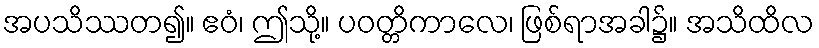
အပသိဿတ၍။ ဧဝံ၊ ဤသို့။ ပဝတ္တိကာလေ၊ ဖြစ်ရာအခါ၌။ အသိထိလ